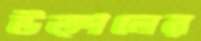
উত্পলের